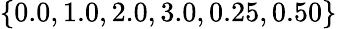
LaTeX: \{ 0.0,1.0,2.0,3.0,0.25,0.50\}